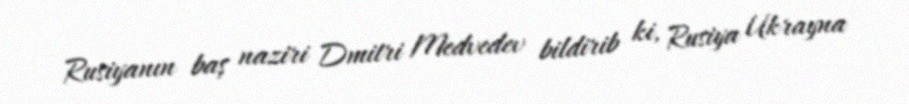
Rusiyanın baş naziri Dmitri Medvedev bildirib ki, Rusiya Ukrayna